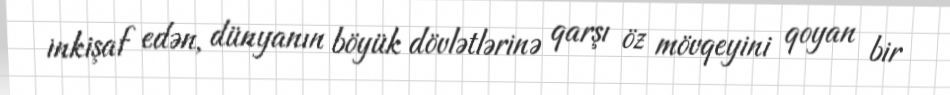
inkişaf edən, dünyanın böyük dövlətlərinə qarşı öz mövqeyini qoyan bir